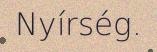
Nyírség.